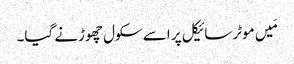
مَیں موٹرسائیکل پر اسے سکول چھوڑنے گیا۔